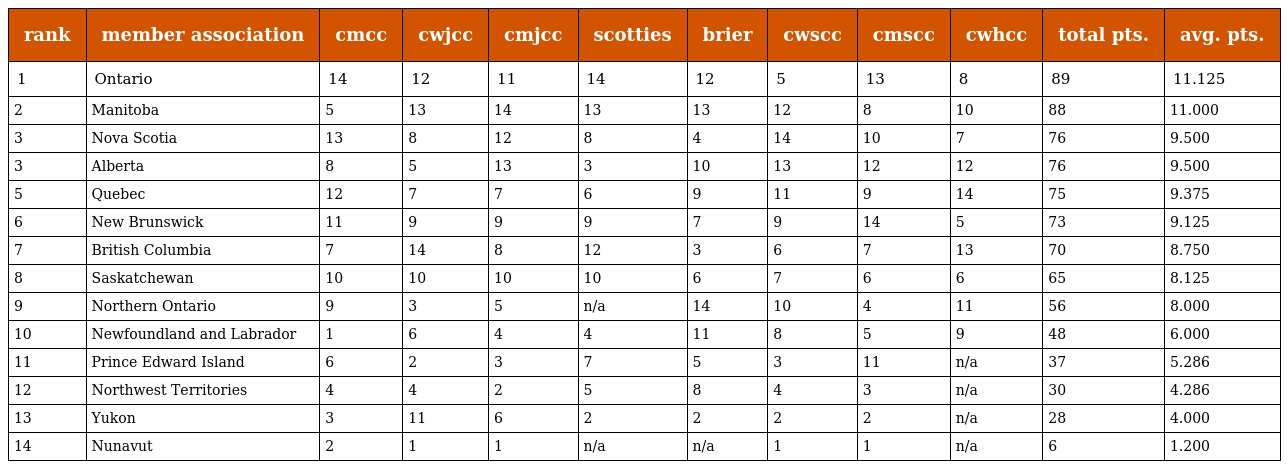
| rank | member association | cmcc | cwjcc | cmjcc | scotties | brier | cwscc | cmscc | cwhcc | total pts. | avg. pts. |
 | --- | --- | --- | --- | --- | --- | --- | --- | --- | --- | --- | --- |
 | 1 | Ontario | 14 | 12 | 11 | 14 | 12 | 5 | 13 | 8 | 89 | 11.125 |
 | 2 | Manitoba | 5 | 13 | 14 | 13 | 13 | 12 | 8 | 10 | 88 | 11.000 |
 | 3 | Nova Scotia | 13 | 8 | 12 | 8 | 4 | 14 | 10 | 7 | 76 | 9.500 |
 | 3 | Alberta | 8 | 5 | 13 | 3 | 10 | 13 | 12 | 12 | 76 | 9.500 |
 | 5 | Quebec | 12 | 7 | 7 | 6 | 9 | 11 | 9 | 14 | 75 | 9.375 |
 | 6 | New Brunswick | 11 | 9 | 9 | 9 | 7 | 9 | 14 | 5 | 73 | 9.125 |
 | 7 | British Columbia | 7 | 14 | 8 | 12 | 3 | 6 | 7 | 13 | 70 | 8.750 |
 | 8 | Saskatchewan | 10 | 10 | 10 | 10 | 6 | 7 | 6 | 6 | 65 | 8.125 |
 | 9 | Northern Ontario | 9 | 3 | 5 | n/a | 14 | 10 | 4 | 11 | 56 | 8.000 |
 | 10 | Newfoundland and Labrador | 1 | 6 | 4 | 4 | 11 | 8 | 5 | 9 | 48 | 6.000 |
 | 11 | Prince Edward Island | 6 | 2 | 3 | 7 | 5 | 3 | 11 | n/a | 37 | 5.286 |
 | 12 | Northwest Territories | 4 | 4 | 2 | 5 | 8 | 4 | 3 | n/a | 30 | 4.286 |
 | 13 | Yukon | 3 | 11 | 6 | 2 | 2 | 2 | 2 | n/a | 28 | 4.000 |
 | 14 | Nunavut | 2 | 1 | 1 | n/a | n/a | 1 | 1 | n/a | 6 | 1.200 |